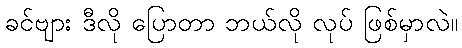
ခင်ဗျား ဒီလို ပြောတာ ဘယ်လို လုပ် ဖြစ်မှာလဲ။